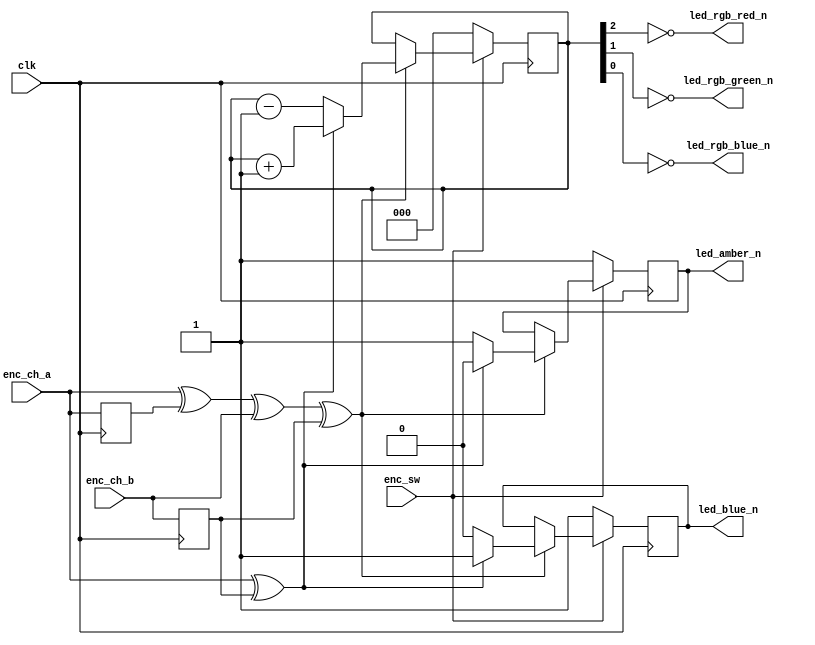
// Reference: https://www.fpga4fun.com/QuadratureDecoder.html

module top
(
	input wire clk,
	input wire enc_ch_a,
	input wire enc_ch_b,
	input wire enc_sw,
	
	output reg led_blue_n = 1'b1,
	output reg led_amber_n = 1'b1,
	output wire led_rgb_red_n,
	output wire led_rgb_blue_n,
	output wire led_rgb_green_n
);

/*  LEDs are wired active low */

reg [2:0] counter = 3'b000;

assign led_rgb_red_n   = ~counter[2];
assign led_rgb_green_n = ~counter[1];
assign led_rgb_blue_n  = ~counter[0];

reg ch_a_delayed, ch_b_delayed;

always @(posedge clk) ch_a_delayed <= enc_ch_a;
always @(posedge clk) ch_b_delayed <= enc_ch_b;

wire count_en = enc_ch_a ^ ch_a_delayed ^ enc_ch_b ^ ch_b_delayed;
wire count_dir = enc_ch_a ^ ch_b_delayed;

always @(posedge clk)
begin
	if (~enc_sw)	// Reset
	begin
		led_blue_n <= 1'b1;
		led_amber_n <= 1'b1;
		counter <= 3'b000;
	end
	else if (count_en)
	begin
		if (count_dir)		
		begin
			led_blue_n <= 1'b1;
			led_amber_n <= 1'b0;
			counter <= counter + 3'b001;
		end	
		else
		begin
			led_blue_n <= 1'b0;
			led_amber_n <= 1'b1;
			counter <= counter - 3'b001;
		end
	end
end

endmodule